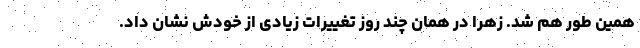
همین طور هم شد. زهرا در همان چند روز تغییرات زیادی از خودش نشان داد.